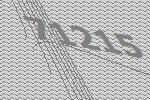
71215